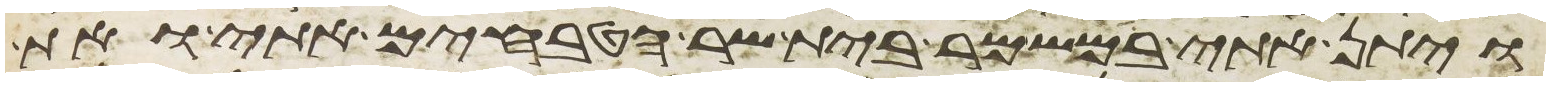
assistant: ויתן אתי במשמר בית שר הטבחים אתי ואת